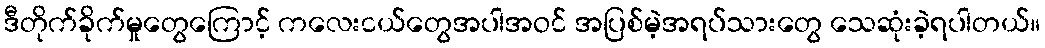
ဒီတိုက်ခိုက်မှုတွေကြောင့် ကလေးငယ်တွေအပါအဝင် အပြစ်မဲ့အရပ်သားတွေ သေဆုံးခဲ့ရပါတယ်။